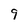
Character: 9